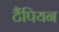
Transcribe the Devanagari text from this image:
टैंपियन